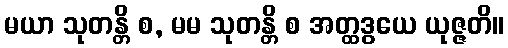
မယာ သုတန္တိ စ, မမ သုတန္တိ စ အတ္ထဒွယေ ယုဇ္ဇတိ။